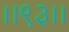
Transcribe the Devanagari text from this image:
।।९३।।